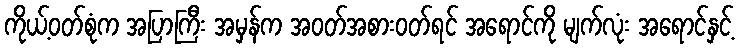
ကိုယ့်ဝတ်စုံက အပြာကြီး အမှန်က အဝတ်အစားဝတ်ရင် အရောင်ကို မျက်လုံး အရောင်နှင့်